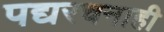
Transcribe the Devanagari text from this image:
पद्यरचनाही